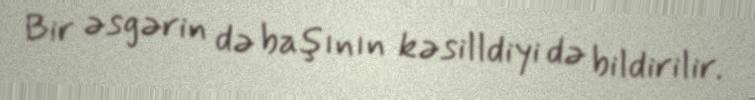
Bir əsgərin də başının kəsilldiyi də bildirilir.